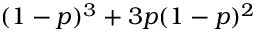
( 1 - p ) ^ { 3 } + 3 p ( 1 - p ) ^ { 2 }